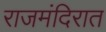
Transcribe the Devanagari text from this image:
राजमंदिरात